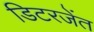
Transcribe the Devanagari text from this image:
डिटरजेंत